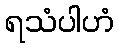
ရသံပါဟံ